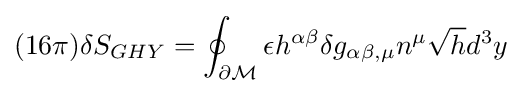
(16\pi )\delta S_{GHY}=\oint _{\partial {\mathcal {M}}}\epsilon h^{\alpha \beta }\delta g_{\alpha \beta ,\mu }n^{\mu }{\sqrt {h}}d^{3}y